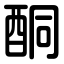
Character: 酮